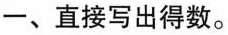
一、直接写出得数。